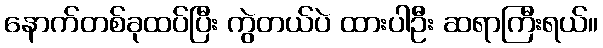
နောက်တစ်ခုထပ်ပြီး ကွဲတယ်ပဲ ထားပါဦး ဆရာကြီးရယ်။